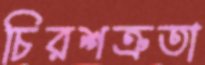
চিরশত্রুতা